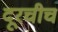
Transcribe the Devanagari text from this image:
दूरचीच